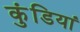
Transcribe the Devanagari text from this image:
कुंडियां